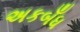
અકબઁધ